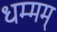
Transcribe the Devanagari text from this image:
धम्मम्